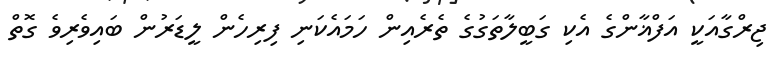
ޖިރްގާއަކީ އަފްޣާންގެ އެކި ގަބީލާތަގުގެ ތެރެއިން ހަމައެކަނި ފިރިހެން ލީޑަރުން ބައިވެރިވެ ގޮތް